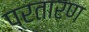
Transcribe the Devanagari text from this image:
प्रतारण